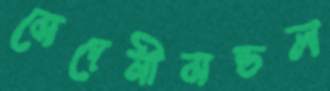
মেদেনীমন্ডল